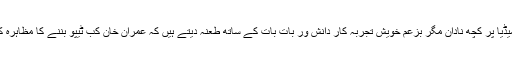
ہمارے میڈیا پر کچھ نادان مگر بزعم خویش تجربہ کار دانش ور بات بات کے ساتھ طعنہ دیتے ہیں کہ عمران خان کب ٹیپو بننے کا مظاہرہ کر ے گا۔